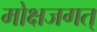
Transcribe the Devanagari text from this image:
मोक्षजगत्